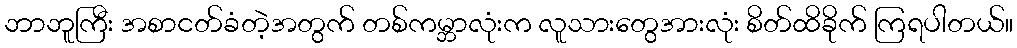
ဘာဘူကြီး အစာငတ်ခံတဲ့အတွက် တစ်ကမ္ဘာလုံးက လူသားတွေအားလုံး စိတ်ထိခိုက် ကြရပါတယ်။